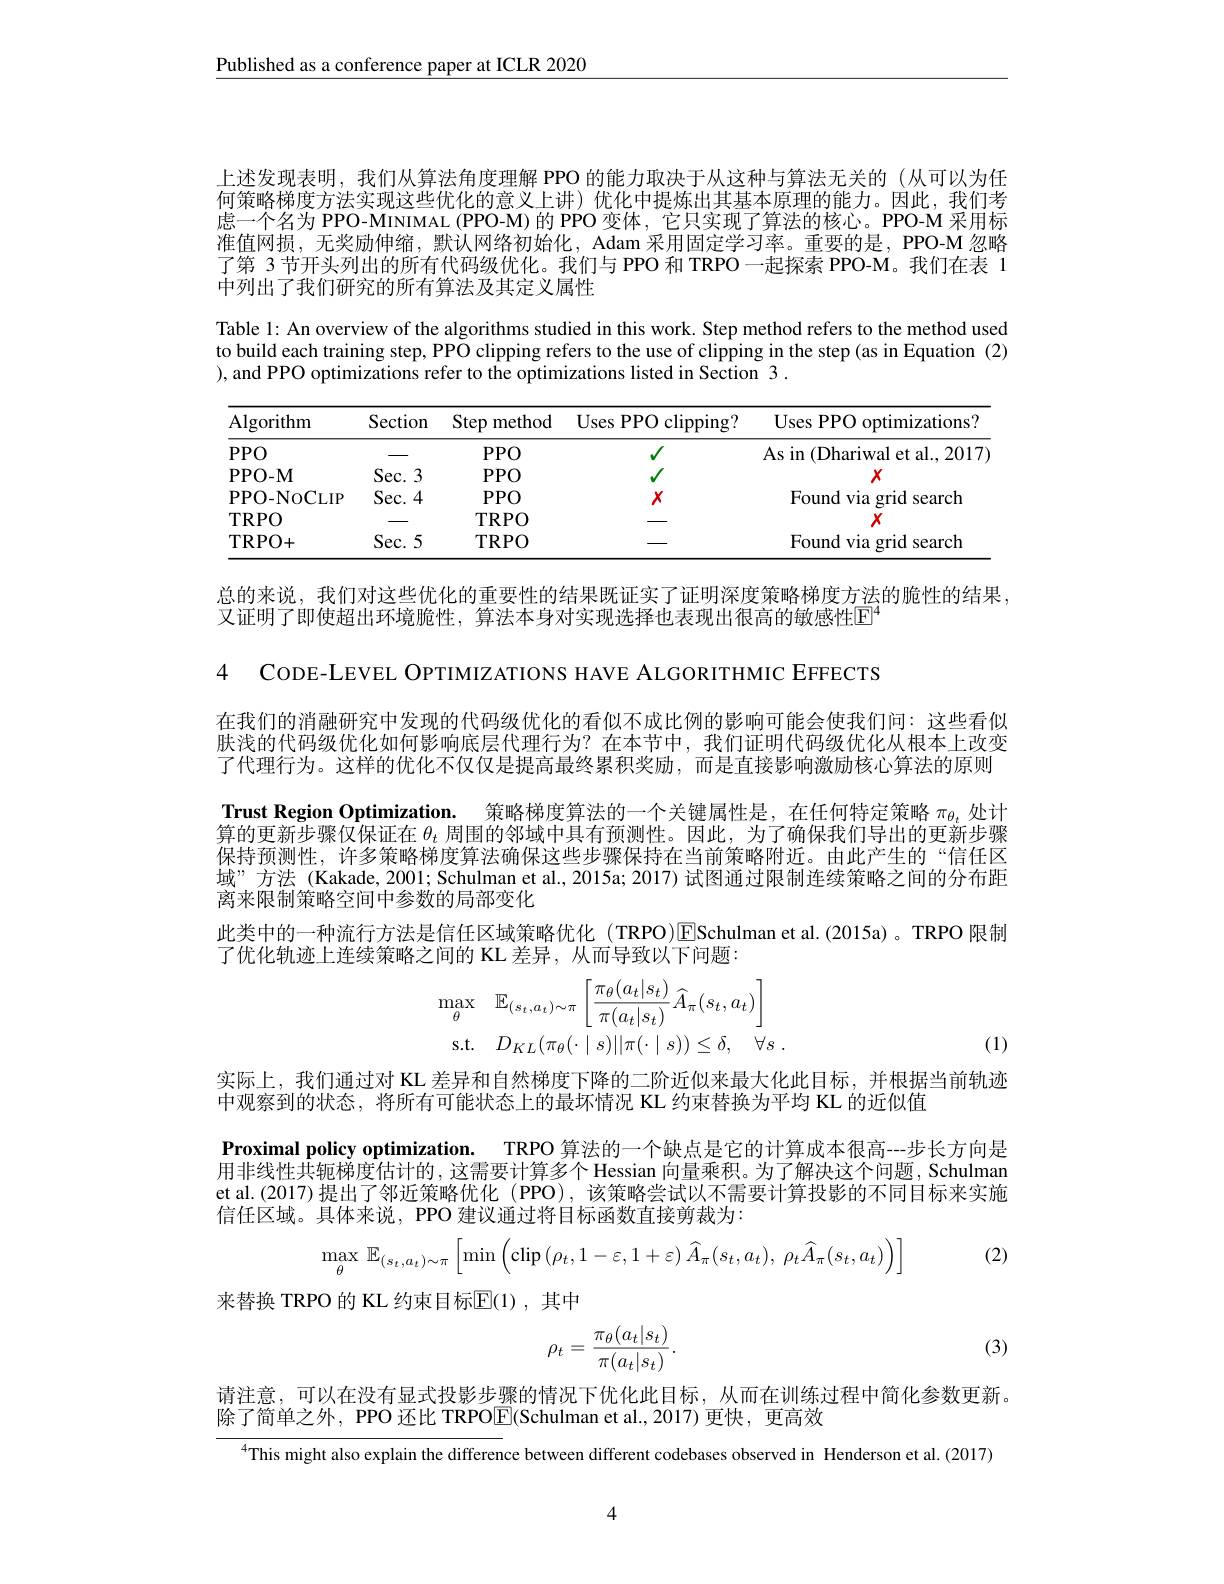
$\underline{\text{Published as a conference paper at ICLR 2020}}$

上述发现表明，我们从算法角度理解 PPO 的能力取决于从这种与算法无关的(从可以为任何策略梯度方法实现这些优化的意义上讲)优化中提炼出其基本原理的能力。因此，我们考虑一个名为 PPO-MINIMAL (PPO-M) 的 PPO 变体 , 它只实现了算法的核心。PPO-M 采用标准值网损，无奖励伸缩，默认网络初始化，Adam 采用固定学习率。重要的是，PPO-M 忽略了第 3 节开头列出的所有代码级优化。我们与 PPO 和 TRPO 一起探索 PPO-M。我们在表 1中列出了我们研究的所有算法及其定义属性

Table 1: An overview of the algorithms studied in this work. Step method refers to the method used to build each training step, PPO clipping refers to the use of clipping in the step (as in Equation (2) ),and PPO optimizations refer to the optimizations listed in Section 3.

<table>
	<tbody>
		<tr>
			<th>Algorithm</th>
			<th>Section</th>
			<th>Step method</th>
			<th>Uses PPO clipping?</th>
			<th>Uses PPO optimizations?</th>
		</tr>
		<tr>
			<td>$PPO$</td>
			<td> </td>
			<td>$PPO$</td>
			<td> </td>
			<td>As in (Dhariwal et al.., 2017</td>
		</tr>
		<tr>
			<td>PPO- M</td>
			<td>$Sec.3$</td>
			<td>$PPO$</td>
			<td> </td>
			<td>$X$</td>
		</tr>
		<tr>
			<td>PPO- NOCLIP</td>
			<td>$Sec.4$</td>
			<td>$PPO$</td>
			<td>$X$</td>
			<td>Found via grid search</td>
		</tr>
		<tr>
			<td>$\mathbf{TRPO}$</td>
			<td> </td>
			<td>TRPO</td>
			<td> </td>
			<td>$X$</td>
		</tr>
		<tr>
			<td>TRPO+</td>
			<td>$Sec.5$</td>
			<td>TRPO</td>
			<td> </td>
			<td>Found via grid search</td>
		</tr>
	</tbody>
</table>

总的来说，我们对这些优化的重要性的结果既证实了证明深度策略梯度方法的脆性的结果
又证明了即使超出环境脆性，算法本身对实现选择也表现出很高的敏感性ET

4 CODE-LEVEL OPTIMIZATIONS HAVE ALGORITHMIC EFFECTS

在我们的消融研究中发现的代码级优化的看似不成比例的影响可能会使我们问：这些看似肤浅的代码级优化如何影响底层代理行为？在本节中，我们证明代码级优化从根本上改变了代理行为。这样的优化不仅仅是提高最终累积奖励，而是直接影响激励核心算法的原则Trust Region Optimization. 策略梯度算法的一个关键属性是，在任何特定策略$\pi_{\theta_t}$处计算的更新步骤仅保证在$\theta_t$周围的邻域中具有预测性。因此，为了确保我们导出的更新步骤保持预测性，许多策略梯度算法确保这些步骤保持在当前策略附近。由此产生的“信任区域”方法 (Kakade,2001; Schulman et al., 2015a; 2017) 试图通过限制连续策略之间的分布距离来限制策略空间中参数的局部变化
此类中的一种流行方法是信任区域策略优化(TRPO)ESchulman et al.(2015a)。TRPO 限制
了优化轨迹上连续策略之间的 KL 差异，从而导致以下问题：
$$\begin{aligned}\max_{\theta}&\mathbb{E}_{(s_{t},a_{t})\sim\pi}\left[\frac{\pi_{\theta}(a_{t}|s_{t})}{\pi(a_{t}|s_{t})}\:\widehat{A}_{\pi}(s_{t},a_{t})\right]\\\mathrm{s.t.}&D_{KL}(\pi_{\theta}(\cdot\mid s)||\pi(\cdot\mid s))\leq\delta,\quad\forall s\:.\end{aligned}$$
(1)

实际上，我们通过对 KL 差异和自然梯度下降的二阶近似来最大化此目标，并根据当前轨迹
中观察到的状态，将所有可能状态上的最坏情况 KL 约束替换为平均 KL 的近似值
Proximal policy optimization. TRPO 算法的一个缺点是它的计算成本很高--步长方向是$\bar{\text{用非线性共轭梯度估计的}}$,这需要计算多个 Hessian 向量乘积。为了解决这个问题，Schulman et al.(2017)提出了邻近策略优化(PPO),该策略尝试以不需要计算投影的不同目标来实施信任区域。具体来说，PPO 建议通过将目标函数直接剪裁为：

(2)
$$\max_{\theta}\:\mathbb{E}_{(s_{t},a_{t})\sim\pi}\left[\min\left(\mathrm{clip}\left(\rho_{t},1-\varepsilon,1+\varepsilon\right)\widehat{A}_{\pi}(s_{t},a_{t}),\:\rho_{t}\widehat{A}_{\pi}(s_{t},a_{t})\right)\right]$$
来替换 TRPO 的 KL 约束目标$\overline{\mathrm{E}}(1)$, 其中
$$\rho_t=\frac{\pi_\theta(a_t|s_t)}{\pi(a_t|s_t)}.$$
(3)

请注意，可以在没有显式投影步骤的情况下优化此目标，从而在训练过程中简化参数更新。
除了简单之外，PPO 还比 TRPO$\boxed{\mathrm{F}}($Schulman et al.,2017) 更快，更高效

$^{4}$This might also explain the difference between different codebases observed in Henderson et al.(2017)

4